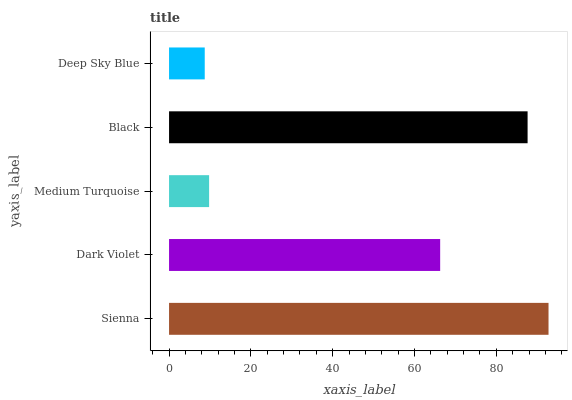
| yaxis_label | bars |
 | --- | --- |
 | Sienna | 92.8 |
 | Dark Violet | 66.3 |
 | Medium Turquoise | 9.79 |
 | Black | 87.6 |
 | Deep Sky Blue | 8.73 |